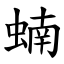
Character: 蝻